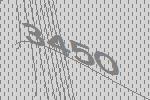
3450